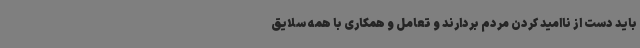
باید دست از ناامید کردن مردم بردارند و تعامل و همکاری با همه سلایق